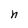
Character: h